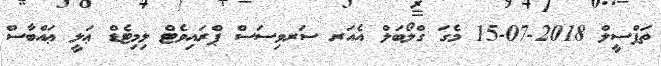
ތަފްސީލް 2018-07-15 މެގަ ގްލޯބަލް އެއަރ ސަރވިސަސް ޕްރައިވެޓް ލިމިޓެޑް ޢަލީ ޢައްބާސް